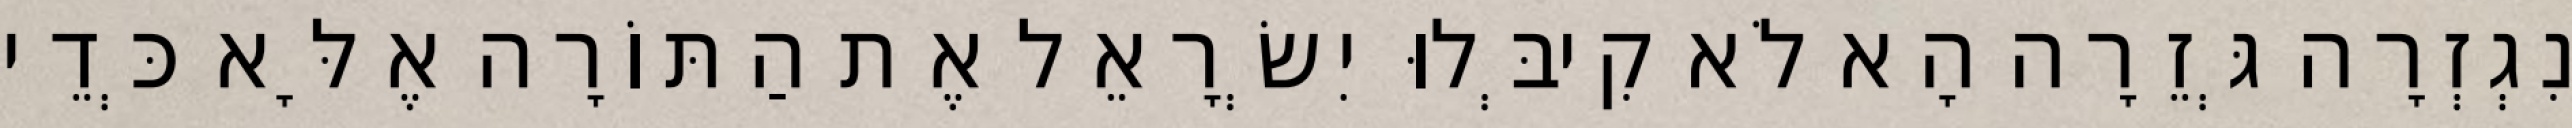
נִגְזְרָה גְּזֵרָה הָא לֹא קִיבְּלוּ יִשְׂרָאֵל אֶת הַתּוֹרָה אֶלָּא כְּדֵי